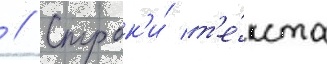
 // Строк'и́ т'е́кста